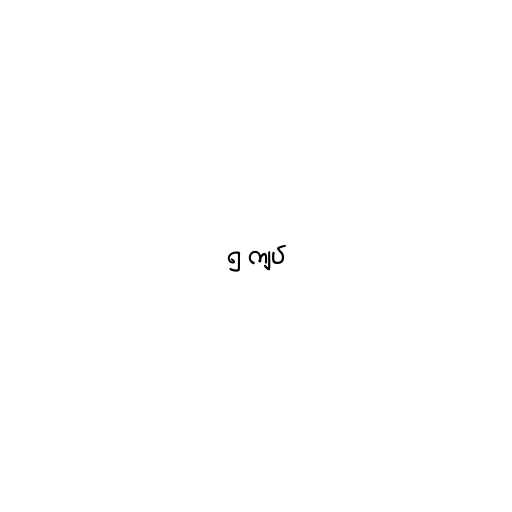
၅ ကျပ်